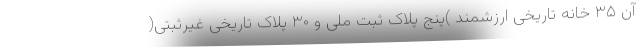
آن ۳۵ خانه تاریخی ارزشمند )پنج پلاک ثبت ملی و ۳۰ پلاک تاریخی غیرثبتی(